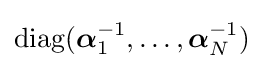
\mathrm {diag} ({\boldsymbol {\alpha }}_{1}^{-1},\dots ,{\boldsymbol {\alpha }}_{N}^{-1})